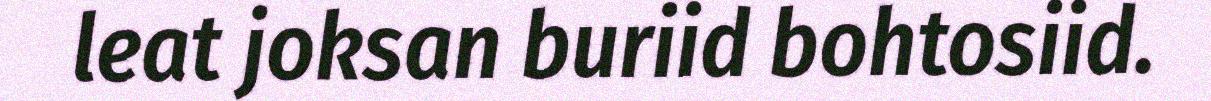
leat joksan buriid bohtosiid.